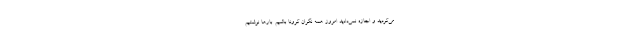
می‌کردید و اجازه نمی‌دادید امروز همه نگران کرونا باشیم. بارها نوشتیم